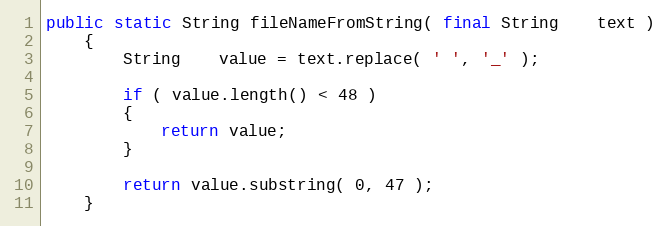
Language: Java
public static String fileNameFromString( final String    text )
    {
        String    value = text.replace( ' ', '_' );

        if ( value.length() < 48 )
        {
            return value;
        }

        return value.substring( 0, 47 );
    }